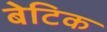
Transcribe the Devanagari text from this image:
बेटिक